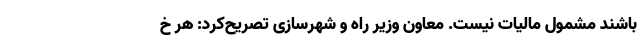
باشند مشمول مالیات نیست. معاون وزیر راه و شهرسازی تصریح‌کرد: هر خ